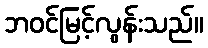
ဘဝင်မြင့်လွန်းသည်။